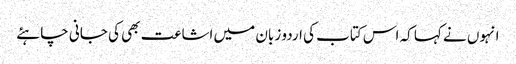
انہوں نے کہا کہ اس کتاب کی اردو زبان میں اشاعت بھی کی جانی چاہئے